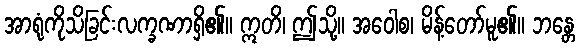
အာရုံကိုသိခြင်းလက္ခဏာရှိ၏။ ဣတိ၊ ဤသို့။ အဝေါစ၊ မိန့်တော်မူ၏။ ဘန္တေ